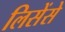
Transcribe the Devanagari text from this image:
लिसेंसे